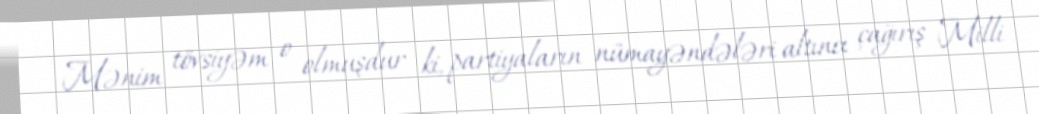
Mənim tövsiyəm o olmuşdur ki, partiyaların nümayəndələri altıncı çağırış Milli